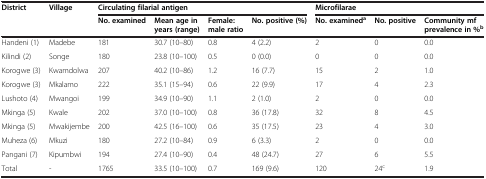
| <ROWSPAN=2> District | <ROWSPAN=2> Village | <COLSPAN=4> Circulating filarial antigen | <COLSPAN=3> Microfilarae |
 | No. examined | Mean age in years (range) | Female: male ratio | No. positive (%) | No. examineda | No. positive | Community mf prevalence in %b |
 | --- | --- | --- | --- | --- | --- | --- | --- | --- |
 | Handeni (1) | Madebe | 181 | 30.7 (10–80) | 0.8 | 4 (2.2) | 2 | 0 | 0.0 |
 | Kilindi (2) | Songe | 180 | 23.8 (10–100) | 0.5 | 0 (0.0) | 0 | 0 | 0.0 |
 | Korogwe (3) | Kwamdolwa | 207 | 40.2 (10–86) | 1.2 | 16 (7.7) | 15 | 2 | 1.0 |
 | Korogwe (3) | Mkalamo | 222 | 35.1 (15–94) | 0.6 | 22 (9.9) | 17 | 4 | 2.3 |
 | Lushoto (4) | Mwangoi | 199 | 34.9 (10–90) | 1.1 | 2 (1.0) | 2 | 0 | 0.0 |
 | Mkinga (5) | Kwale | 202 | 37.0 (10–100) | 0.8 | 36 (17.8) | 32 | 8 | 4.5 |
 | Mkinga (5) | Mwakijembe | 200 | 42.5 (16–100) | 0.6 | 35 (17.5) | 23 | 4 | 3.0 |
 | Muheza (6) | Mkuzi | 180 | 27.2 (10–84) | 0.9 | 6 (3.3) | 2 | 0 | 0.0 |
 | Pangani (7) | Kipumbwi | 194 | 27.4 (10–90) | 0.4 | 48 (24.7) | 27 | 6 | 5.5 |
 | Total | - | 1765 | 33.5 (10–100) | 0.7 | 169 (9.6) | 120 | 24c | 1.9 |